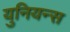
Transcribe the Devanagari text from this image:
युनियन्स